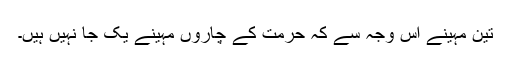
تین مہینے اس وجہ سے کہ حرمت کے چاروں مہینے یک جا نہیں ہیں۔